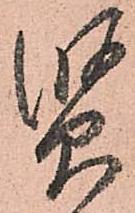
賢